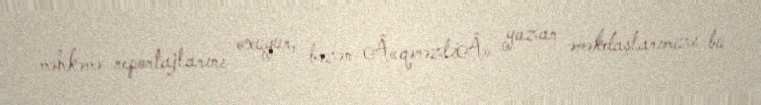
məhkəmə reportajlarını oxuyur, bəzən Â«qərəzliÂ» yazan əməkdaşlarımızı bu